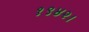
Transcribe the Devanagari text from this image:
१९४२।